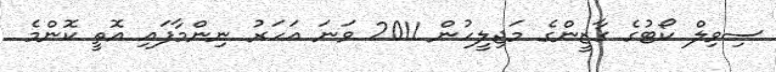
ސިވިލް ކޯޓުގެ ގާޒީންގެ މަޖިލީހުން 2011 ވަނަ އަހަރު ނިންމާފައި އޮތީ ކޮންމެ